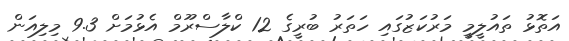
އަތޮޅު ތައުލީމީ މަރުކަޒުގައި ހަތަރު ބުރީގެ 12 ކްލާސްރޫމް އެޅުމަށް 9.3 މިލިއަން